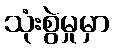
သုံးစွဲမှုမှာ